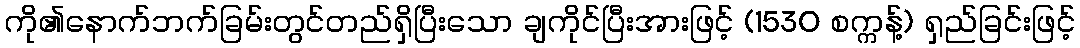
ကို၏နောက်ဘက်ခြမ်းတွင်တည်ရှိပြီးသော ချကိုင်ပြီးအားဖြင့် (1530 စက္ကန့်) ရှည်ခြင်းဖြင့်